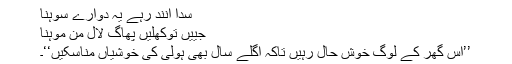
سدا آنند رہے یہ دوارے سوہنا
جییں توکھلیں پھاگ لال من موہنا
’’اس گھر کے لوگ خوش حال رہیں تاکہ اگلے سال بھی ہولی کی خوشیاں مناسکیں‘‘۔